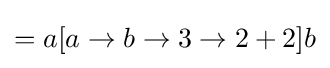
=a[a\to b\to 3\to 2+2]b